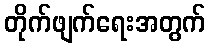
တိုက်ဖျက်ရေးအတွက်